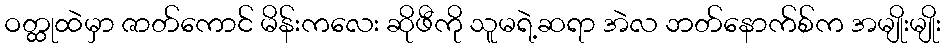
ဝတ္ထုထဲမှာ ဇာတ်ကောင် မိန်းကလေး ဆိုဖီကို သူမရဲ့ဆရာ အဲလ ဘတ်နောက်စ်က အမျိုးမျိုး